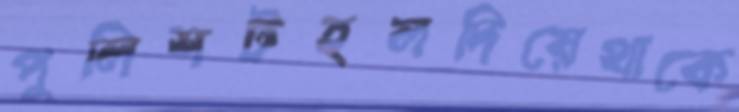
পুলিশটহলদিয়েথাকে